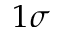
1 \sigma